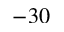
- 3 0